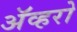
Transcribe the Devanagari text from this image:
ॲव्हरो